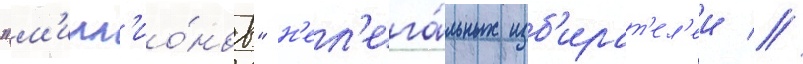
"м'илл'ио́нов" н'ел'ега́льных изб'ират'ел'еи //